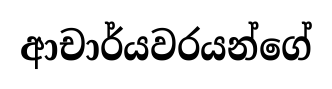
ආචාර්යවරයන්ගේ